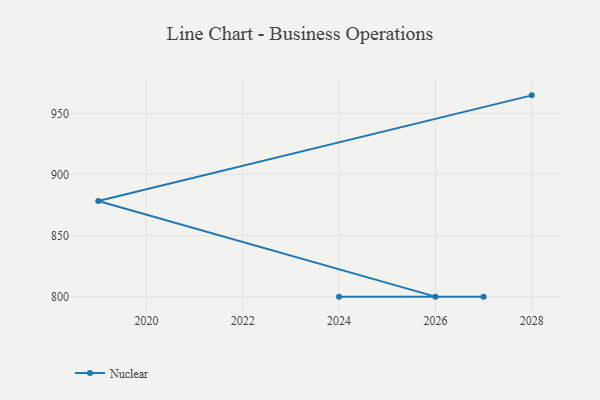
{"axis": {"x": "Year", "y": "Website Visitors"}, "legend": ["Nuclear"], "data": [{"x": "2028", "y": 964.7, "type": "Nuclear"}, {"x": "2019", "y": 878.3, "type": "Nuclear"}, {"x": "2026", "y": 800, "type": "Nuclear"}, {"x": "2024", "y": 800, "type": "Nuclear"}, {"x": "2027", "y": 800, "type": "Nuclear"}]}